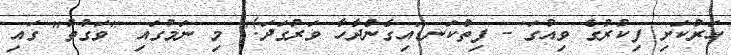
ހަރުކަށި ފިކުރުގެ ވިއުގަ - ފިތްކަނޑައިގެންދާހާ ވަރުގަދަ!" މި ނަމުގައި "ވަގުތު" ގައި